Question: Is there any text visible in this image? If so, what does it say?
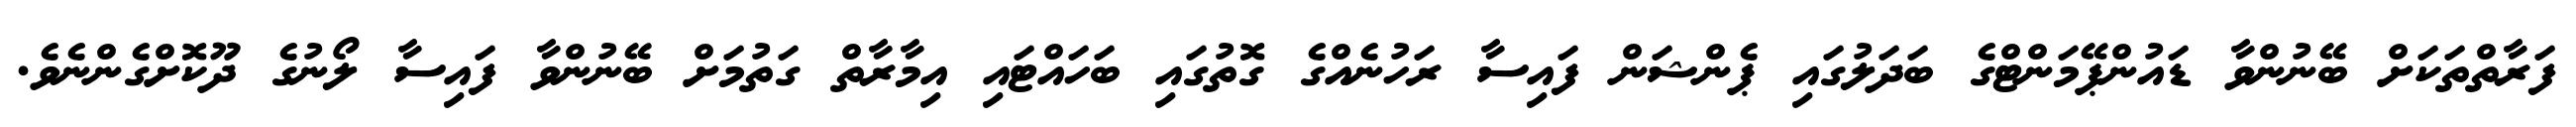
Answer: ފަރާތްތަކަށް ބޭނުންވާ ޑައުންޕޭމަންޓްގެ ބަދަލުގައި ޕެންޝަން ފައިސާ ރަހުނެއްގެ ގޮތުގައި ބަހައްޓައި އިމާރާތް ގަތުމަށް ބޭނުންވާ ފައިސާ ލޯނުގެ ދޫކޮށްގެންނެވެ.